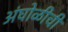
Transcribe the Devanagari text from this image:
अंघोळीची